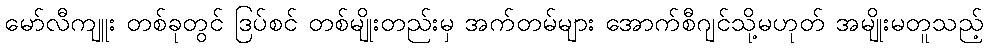
မော်လီကျူး တစ်ခုတွင် ဒြပ်စင် တစ်မျိုးတည်းမှ အက်တမ်များ အောက်စီဂျင်သို့မဟုတ် အမျိုးမတူသည့်